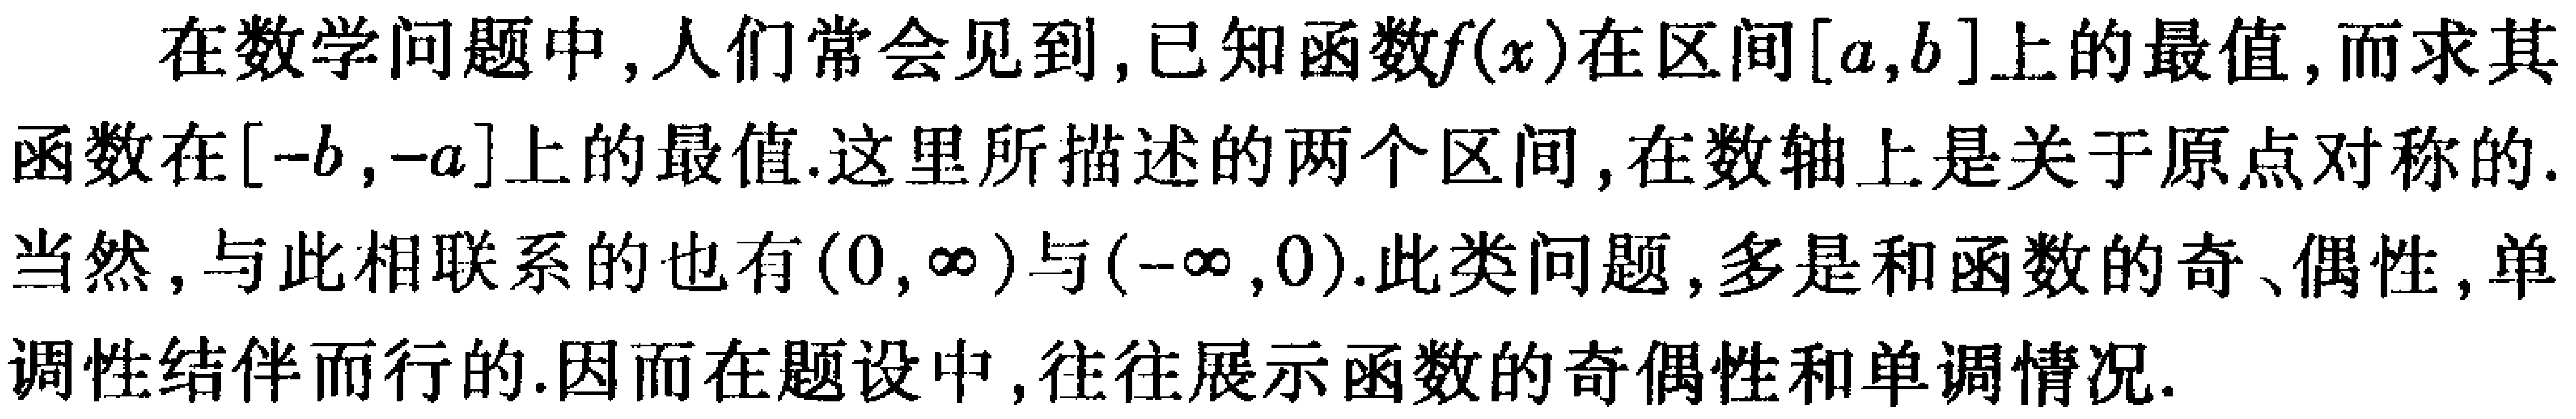
在数学问题中，人们常会见到，已知函数\(f(x)\)在区间\([a,b]\)上的最值，而求其函数在\([-b,-a]\)上的最值.这里所描述的两个区间，在数轴上是关于原点对称的.当然，与此相联系的也有\((0,\infty)\)与\((-\infty,0)\).此类问题，多是和函数的奇、偶性，单调性结伴而行的.因而在题设中，往往展示函数的奇偶性和单调情况.